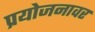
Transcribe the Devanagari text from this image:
प्रयोजनावर